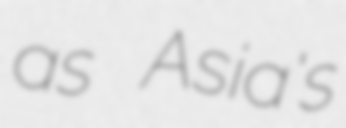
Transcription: as Asia's